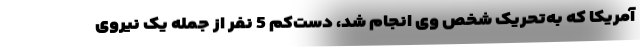
آمریکا که به‌تحریک شخص وی انجام شد، دست‌کم 5 نفر از جمله یک نیروی